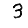
Digit: 3